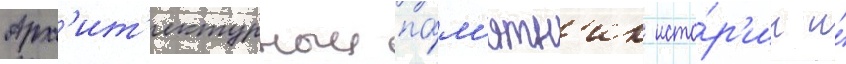
Арх'ит'ектурныи па́м'ятн'ик исто́р'ии и́